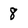
Character: 8